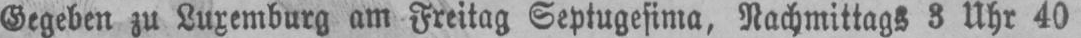
Gegeben zu Luxemburg am Freitag Septugesima, Nachmittags 3 Uhr 40